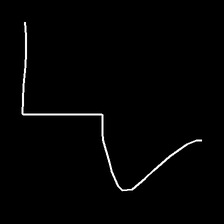
Glyph: crush